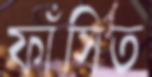
ফাঁসিত